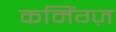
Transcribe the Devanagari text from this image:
कमिंग्ज़